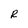
Character: R